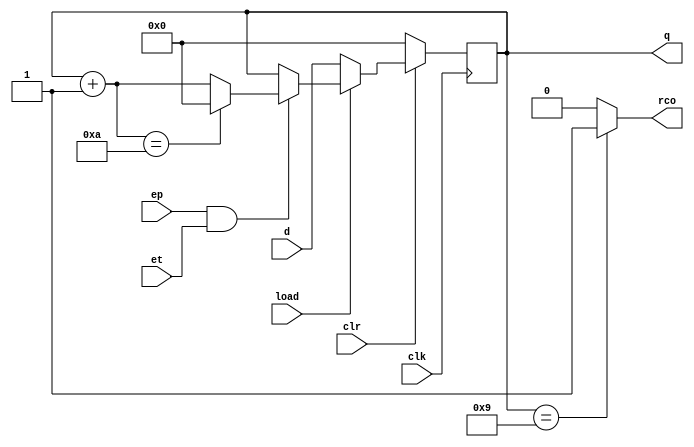
module sn74ls162(q, rco, d, clr, clk, ep, et, load);
input [3:0] d;
input clr, clk, ep, et, load;
output [3:0] q;
output rco;
reg [3:0] cnt;
reg rc;
wire [3:0] inc;

parameter
	tPLH_min=0,  tPLH_typ=13, tPLH_max=24, // worst case
	tPHL_min=0,  tPHL_typ=18, tPHL_max=27,
	tPLHR_min=0, tPLHR_typ=20, tPLHR_max=35,
	tPHLR_min=0, tPHLR_typ=18, tPHLR_max=35;
	// clear delay ignored

initial
begin
	cnt <= 4'bxxxx;
	rc <= 0;
end

assign inc = cnt+1;

always @(posedge clk)
begin
	if (clr==0)
		cnt <= 0;
	else if (load==0)
		cnt <= d;
	else if (ep==1 && et==1) begin
		cnt <= inc==10 ? 0 : inc;
	end
end

	assign #(tPLH_min:tPLH_typ:tPLH_max, tPHL_min:tPHL_typ:tPHL_max)
		q = cnt;
	assign #(tPLHR_min:tPLHR_typ:tPLHR_max, tPHLR_min:tPHLR_typ:tPHLR_max)
		rco = cnt==9 ? 1 : 0;

endmodule